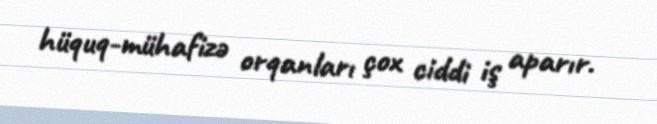
hüquq-mühafizə orqanları çox ciddi iş aparır.